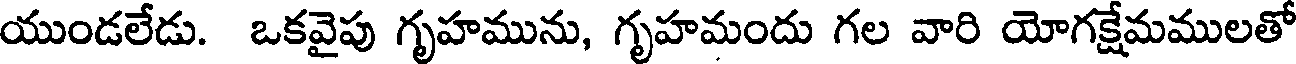
యుండలేడు. ఒకవైపు గృహమును, గృహమందు గల వారి యోగక్షేమములతో